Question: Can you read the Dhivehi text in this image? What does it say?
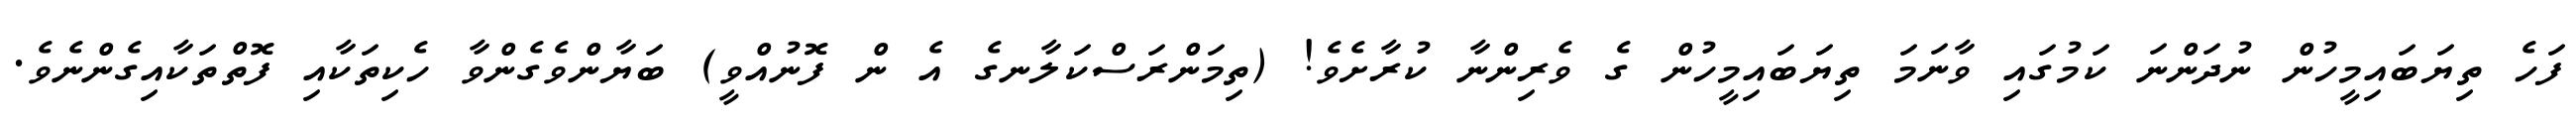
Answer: ފަހެ ތިޔަބައިމީހުން ނުދަންނަ ކަމުގައި ވާނަމަ ތިޔަބައިމީހުން ގެ ވެރިންނާ ކުރާށެވެ! (ތިމަންރަސްކަލާނގެ އެ ން ފޮނުއްވީ) ބަޔާންވެގެންވާ ހެކިތަކާއި ފޮތްތަކާއިގެންނެވެ.